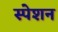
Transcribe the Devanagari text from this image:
स्पेशन